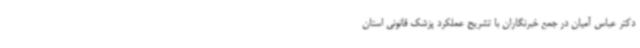
دکتر عباس آمیان در جمع خبرنگاران با تشریح عملکرد پزشک قانونی استان